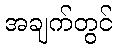
အချက်တွင်